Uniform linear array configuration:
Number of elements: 48
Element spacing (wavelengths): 0.25
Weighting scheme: cosine
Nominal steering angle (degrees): -60
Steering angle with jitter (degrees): -60.688
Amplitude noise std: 0.05
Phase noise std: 0.05

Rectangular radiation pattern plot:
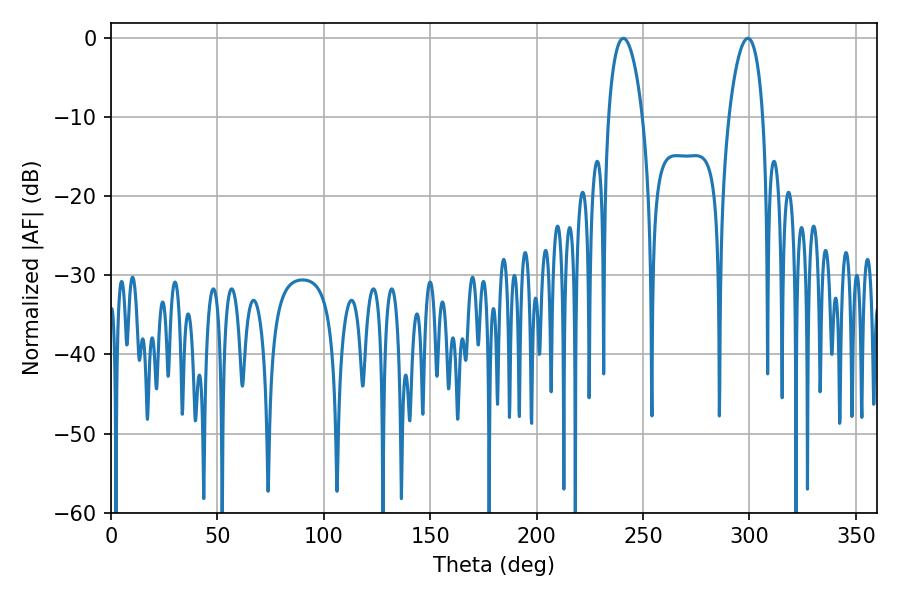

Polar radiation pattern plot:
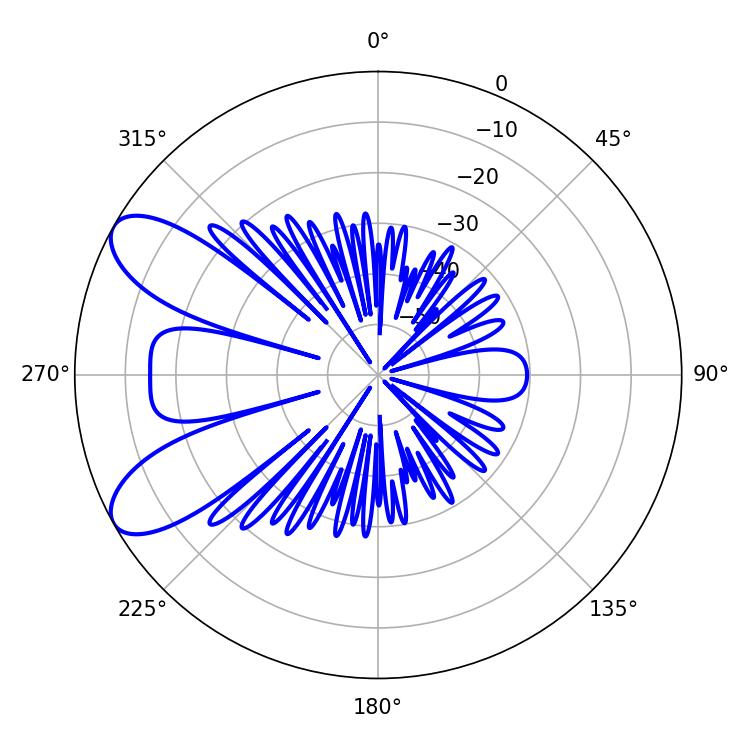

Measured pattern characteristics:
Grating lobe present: FALSE
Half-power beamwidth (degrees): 9
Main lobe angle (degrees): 240.66